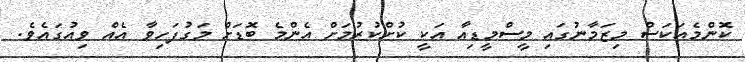
ކޮންމެއަކަސް މިޒަމާނުގައި މީސްމީޑިއާ އަކީ ކުށްކުރުމަށް އެންމެ ބޮޑަށް މަގުފަހިވާ އެއް ވިއުގައެވެ.